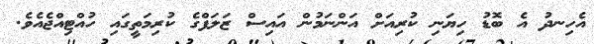
އެހިނދު އެ ބޮޑު ހިޔަނި ކުރިއަށް އަންނަމުން އައިސް ޒަލަފްގެ ކުރިމަތީގައި ހުއްޓިއްޖެއެވެ.